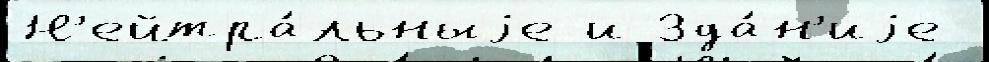
Н'ейтра́льныjе и Зда́н'иjе